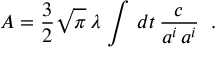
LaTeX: { \cal A } = { \frac { 3 } { 2 } } \sqrt { \pi } \, \lambda \, \int \, d t \, { \frac { c } { a ^ { i } \, a ^ { i } } } \; \; .